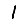
Digit: 1